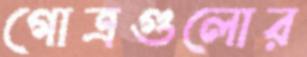
গোত্রগুলোর